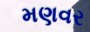
મણવર